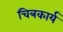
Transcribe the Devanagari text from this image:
चित्रकार्य